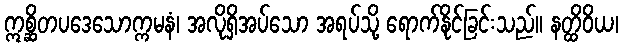
ဣစ္ဆိတပဒေသောက္ကမနံ၊ အလိုရှိအပ်သော အရပ်သို့ ရောက်နိုင်ခြင်းသည်။ နတ္ထိဝိယ၊